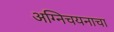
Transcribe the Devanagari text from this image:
अग्निचयनाचा